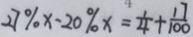
2 7 \% x - 2 0 \% x = \frac { 1 } { 4 } + \frac { 1 7 } { 1 0 0 }